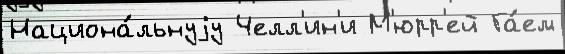
Национа́льнуjу Челл'ин'и М'юрр'ей Га́ем